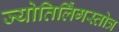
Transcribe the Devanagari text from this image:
ज्योतिर्लिंगस्तोत्र